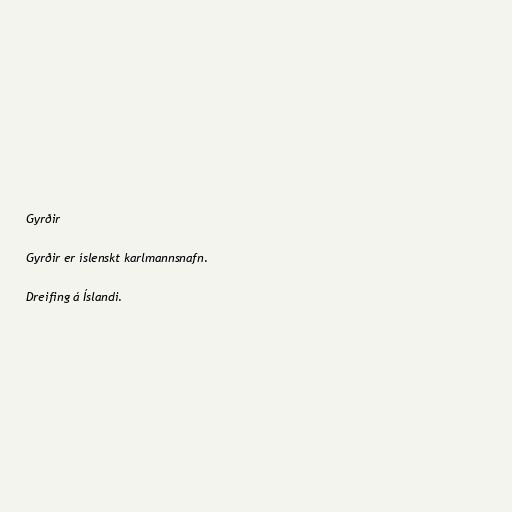
Gyrðir

Gyrðir er íslenskt karlmannsnafn.

Dreifing á Íslandi.